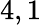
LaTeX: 4,1